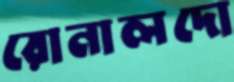
রোনালদো